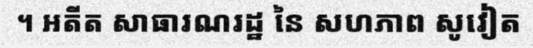
។ អតីត សាធារណរដ្ឋ នៃ សហភាព សូវៀត